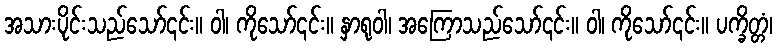
အသားပိုင်းသည်သော်၎င်း။ ဝါ၊ ကိုသော်၎င်း။ နှာရုဝါ၊ အကြောသည်သော်၎င်း။ ဝါ၊ ကိုသော်၎င်း။ ပက္ခိတ္တံ၊